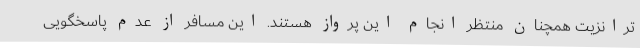
ترانزیت همچنان منتظر انجام این پرواز هستند. این مسافر از عدم پاسخگویی